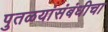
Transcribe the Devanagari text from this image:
पुतळयांसंबंधीचा